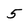
Character: 5